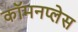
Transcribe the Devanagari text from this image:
कॉमनप्लेस